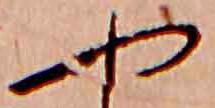
や